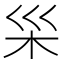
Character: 𪱵